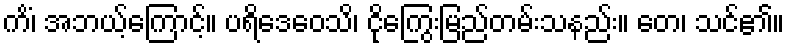
ကိံ၊ အဘယ့်ကြောင့်။ ပရိဒေဝေသိ၊ ငိုကြွေးမြည်တမ်းသနည်း။ တေ၊ သင်၏။